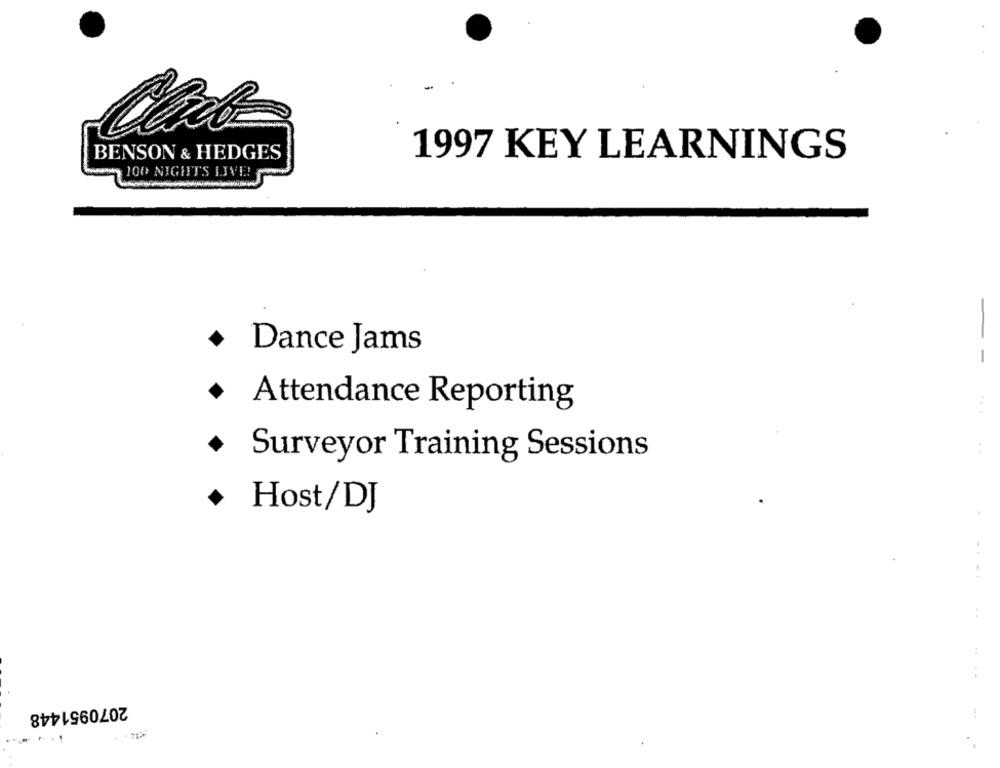
BENSON & HEDGES
1997 KEY LEARNINGS
100 NIGHTS LIVE!
+ Dance Jams
--
· Attendance Reporting
* Surveyor Training Sessions
+ Host/DJ
..
..
2070951448
..